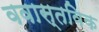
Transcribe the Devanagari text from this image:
ववास्तविक